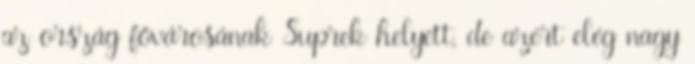
az ország fővárosának Suprek helyett, de azért elég nagy